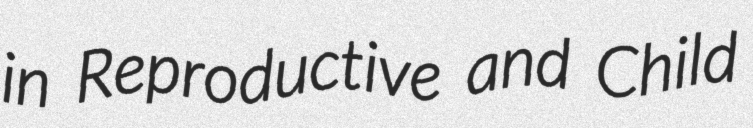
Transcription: in Reproductive and Child